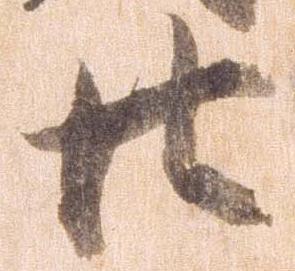
廿